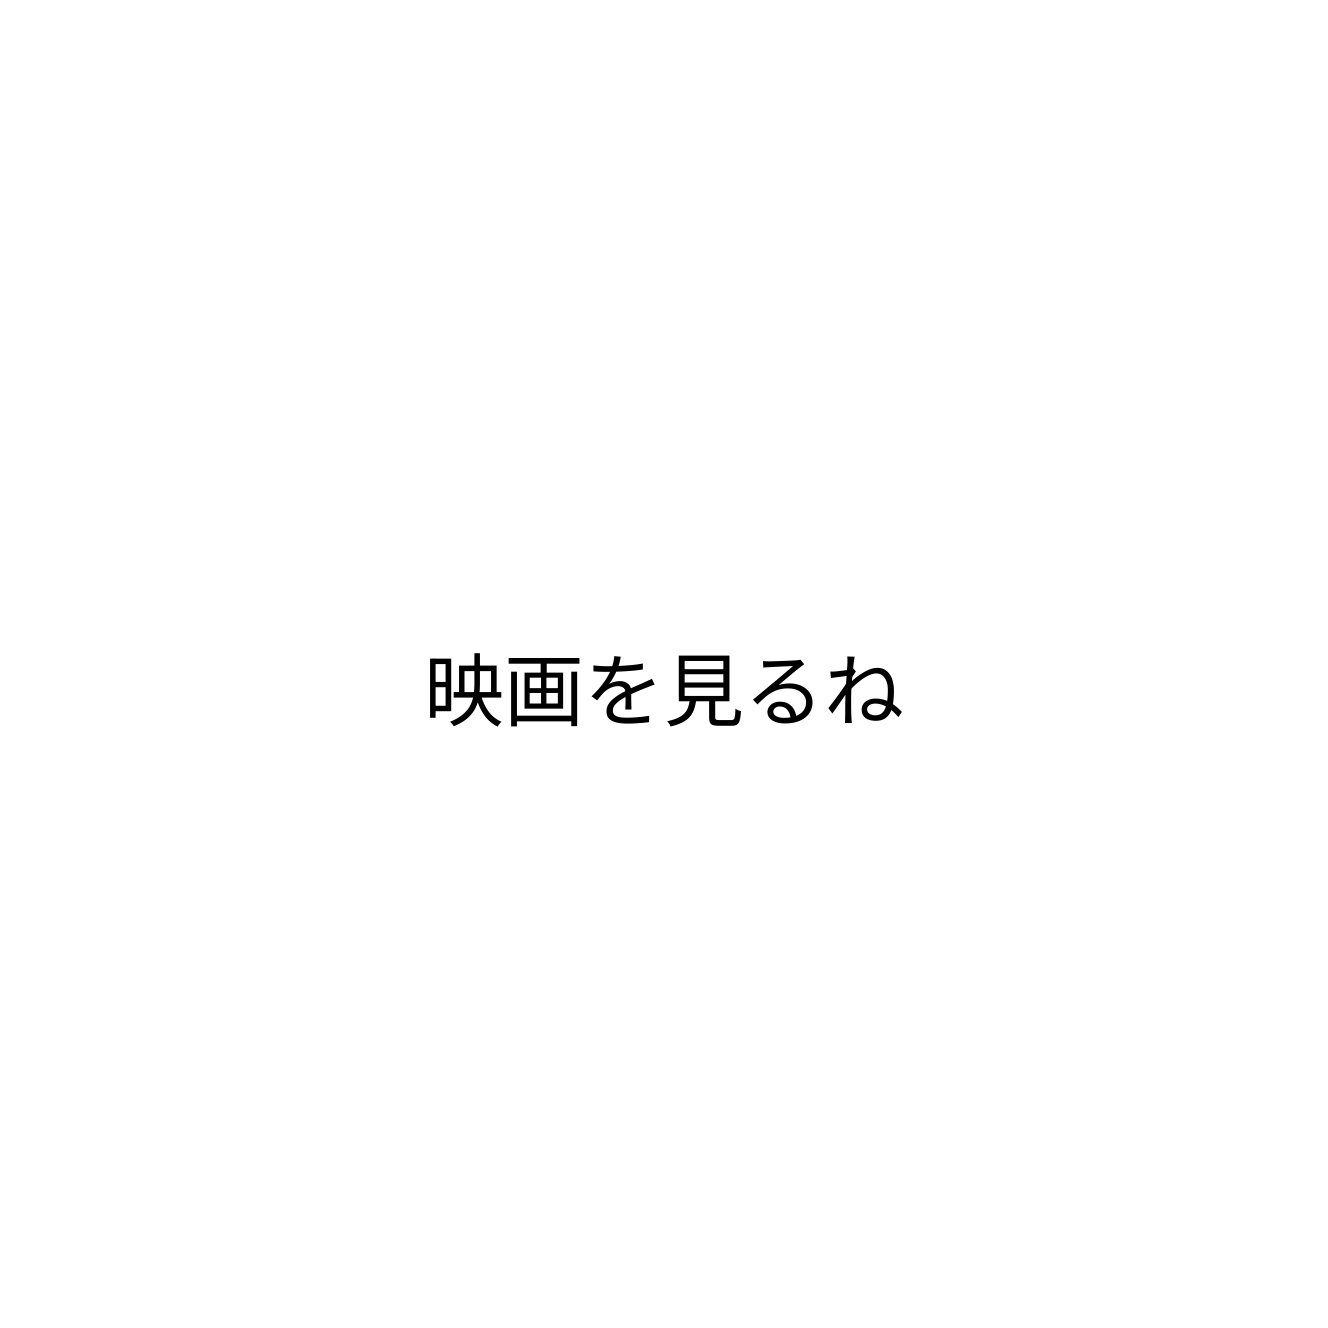
映画を見るね